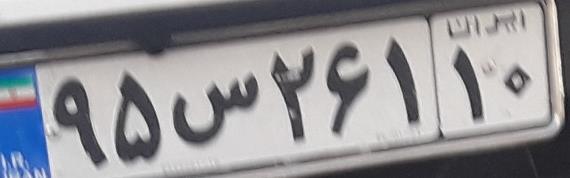
۹۵س۲۶۱۱۰